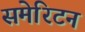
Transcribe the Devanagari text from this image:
समेरिटन